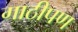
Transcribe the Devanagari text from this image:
गाठीपण